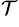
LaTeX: ^\mathcal{T}